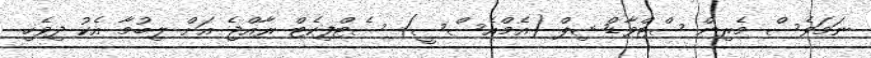
ނަމަވެސް މެރިން ސްޓްވާޑްޝިޕް (އެމްއެސްސީ) ސެޓްފިކެޓް ރާއްޖެ އަށް ލިބުމާ އެކު ދިވެހި